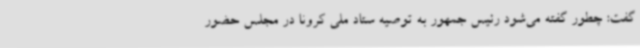
گفت: چطور گفته می‌شود رئیس جمهور به توصیه ستاد ملی کرونا در مجلس حضور